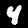
Digit: 4